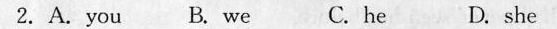
2.A. You B. We C. He D she